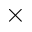
\times